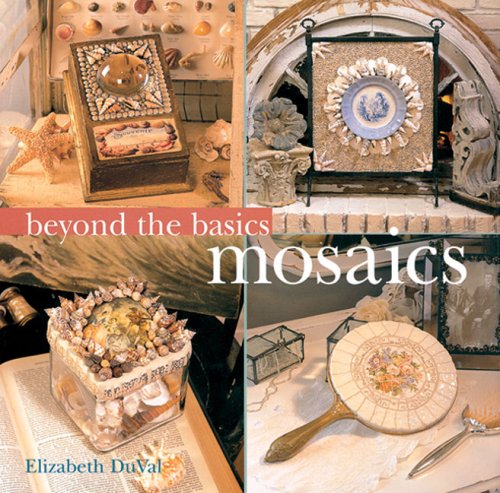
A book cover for Beyond the Basics: Mosaics (Beyond the Basics (Sterling Publishing)); Elizabeth DuVal; Arts & Photography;